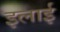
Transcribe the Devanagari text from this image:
इलाई